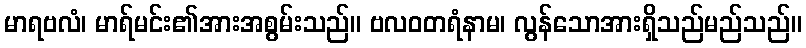
မာရဗလံ၊ မာရ်မင်း၏အားအစွမ်းသည်။ ဗလဝတရံနာမ၊ လွန်သောအားရှိသည်မည်သည်။